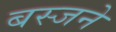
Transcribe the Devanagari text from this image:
बस्जने